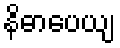
နိဓာပေယျ